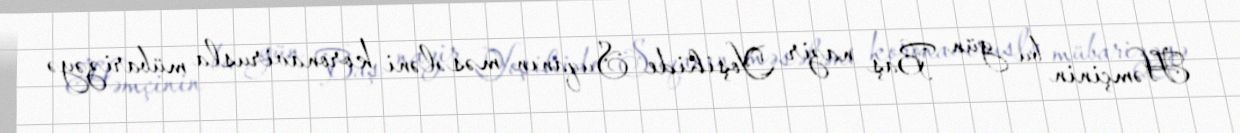
Həmçinin bu gün Baş nazir Yoşihide Suqanın məsələni koronavirusla mübarizəyə